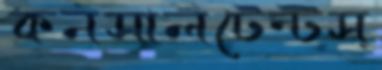
কনসালটেন্টস্